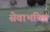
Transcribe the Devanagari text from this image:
सेवाभक्ति